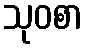
သုဝစာ